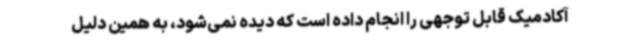
آکادمیک قابل توجهی را انجام داده است که دیده نمی‌شود، به همین دلیل